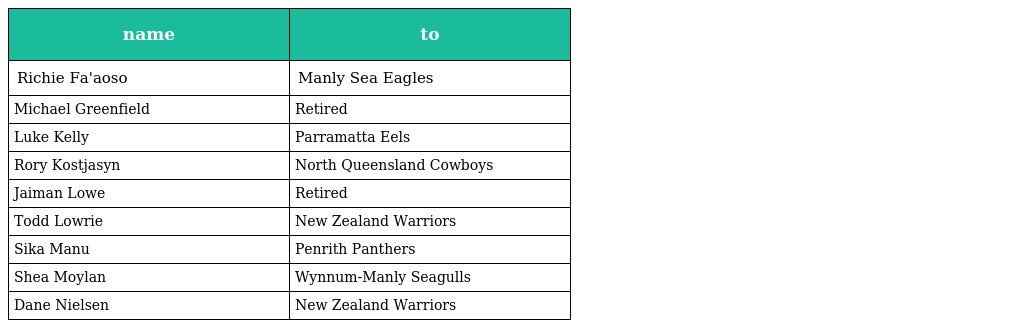
| name | to |
 | --- | --- |
 | Richie Fa'aoso | Manly Sea Eagles |
 | Michael Greenfield | Retired |
 | Luke Kelly | Parramatta Eels |
 | Rory Kostjasyn | North Queensland Cowboys |
 | Jaiman Lowe | Retired |
 | Todd Lowrie | New Zealand Warriors |
 | Sika Manu | Penrith Panthers |
 | Shea Moylan | Wynnum-Manly Seagulls |
 | Dane Nielsen | New Zealand Warriors |